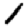
Digit: 1